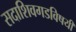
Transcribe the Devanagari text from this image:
सदाशिवगडविषयी